Vaccination in Burma 1920-1933 - 1920-1933
Year: 1920
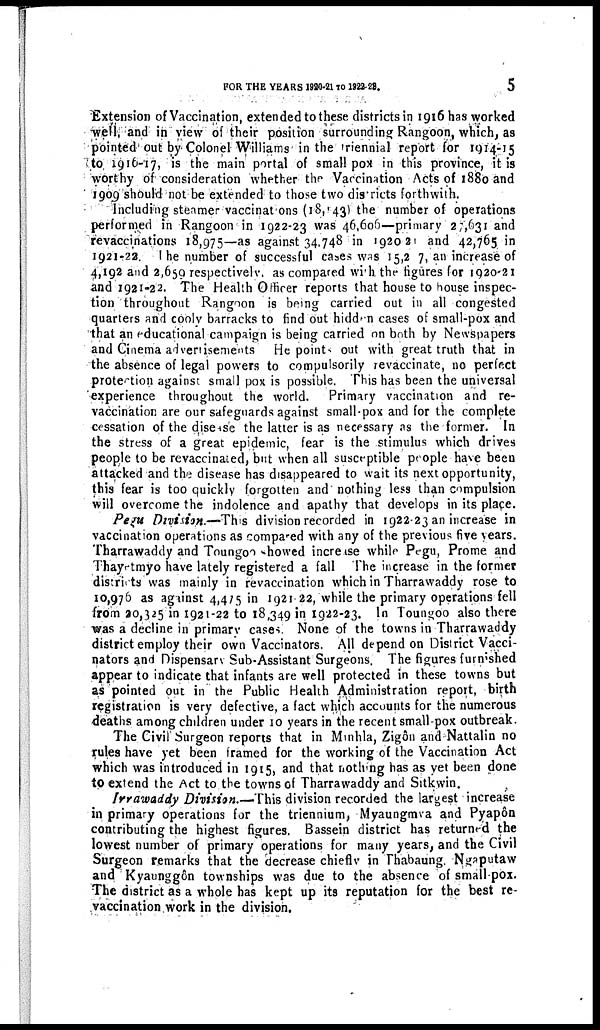
FOR THE YEARS 1920-21 TO 1922-23.
5
Extension of Vaccination, extended to these districts in 1916 has worked
well and in view of their position surrounding Rangoon, which, as
pointed out by Colonel Williams in the triennial report for 1914-15
to 1916-17, is the main portal of small pox in this province, it is
worthy of consideration whether the Vaccination Acts of 1880 and
1909 should not be extended to those two districts forthwith.
Including steamer vaccinations (18, 143) the number of operations
performed in Rangoon in 1922-23 was 46,606—primary 27,631 and
revaccinations 18,975—as against 34,748 in 1920-21 and 42,765 in
1921-22. The number of successful cases was 15,2 7, an increase of
4,192 and 2,659 respectively, as compared with the figures for 1920-21
and 1921-22. The Health Officer reports that house to house inspec-
tion throughout Rangoon is being carried out in all congested
quarters and cooly barracks to find out hidden cases of small-pox and
that an educational campaign is being carried on both by Newspapers
and Cinema advertisements. He points out with great truth that in
the absence of legal powers to compulsorily revaccinate, no perfect
protection against small pox is possible. This has been the universal
experience throughout the world. Primary vaccination and re-
vaccination are our safeguards against small-pox and for the complete
cessation of the disease the latter is as necessary as the former. In
the stress of a great epidemic, fear is the stimulus which drives
people to be revaccinated, but when all susceptible people have been
attacked and the disease has disappeared to wait its next opportunity,
this fear is too quickly forgotten and nothing less than compulsion
will overcome the indolence and apathy that develops in its place.
Pegu Division.—This division recorded in 1922-23 an increase in
vaccination operations as compared with any of the previous five years.
Tharrawaddy and Toungoo showed increase while Pegu, Prome and
Thayetmyo have lately registered a fall
The increase in the former
districts was mainly in revaccination which in Tharrawaddy rose to
10,976 as against 4,475 in 1921-22, while the primary operations fell
from 20,325 in 1921-22 to 18,349 in 1922-23. In Toungoo also there
was a decline in primary cases. None of the towns in Tharrawaddy
district employ their own Vaccinators. All depend on District Vacci-
nators and Dispensary Sub-Assistant Surgeons. The figures furnished
appear to indicate that infants are well protected in these towns but
as pointed out in the Public Health Administration report, birth
registration is very defective, a fact which accounts for the numerous
deaths among children under 10 years in the recent small-pox outbreak.
The Civil Surgeon reports that in Minhla, Zigôn and Nattalin no
rules have yet been framed for the working of the Vaccination Act
which was introduced in 1915, and that nothing has as yet been done
to extend the Act to the towns of Tharrawaddy and Sitkwin.
Irrawaddy Division.—This division recorded the largest increase
in primary operations for the triennium, Myaungmva and Pyapôn
contributing the highest figures. Bassein district has returned the
lowest number of primary operations for many years, and the Civil
Surgeon remarks that the decrease chiefly in Thabaung. Ngaputaw
and Kyaunggôn townships was due to the absence of small pox.
The district as a whole has kept up its reputation for the best re-
vaccination work in the division.